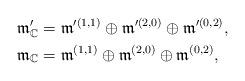
LaTeX: \begin{align*}&\frak{m}'_{\mathbb{C}}=\frak{m}'^{(1,1)}\oplus\frak{m}'^{(2,0)}\oplus \frak{m}'^{(0,2)},\\&\frak{m}_{\mathbb{C}}=\frak{m}^{(1,1)}\oplus\frak{m}^{(2,0)}\oplus \frak{m}^{(0,2)},\end{align*}